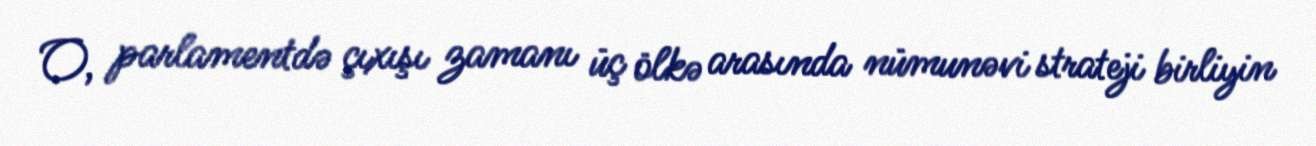
O, parlamentdə çıxışı zamanı üç ölkə arasında nümunəvi strateji birliyin